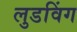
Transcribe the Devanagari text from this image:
लुडविंग